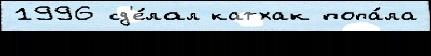
1996 сд'е́лал катхак попа́ла